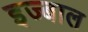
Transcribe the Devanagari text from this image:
इज्बाल